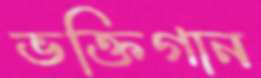
ভক্তিগান